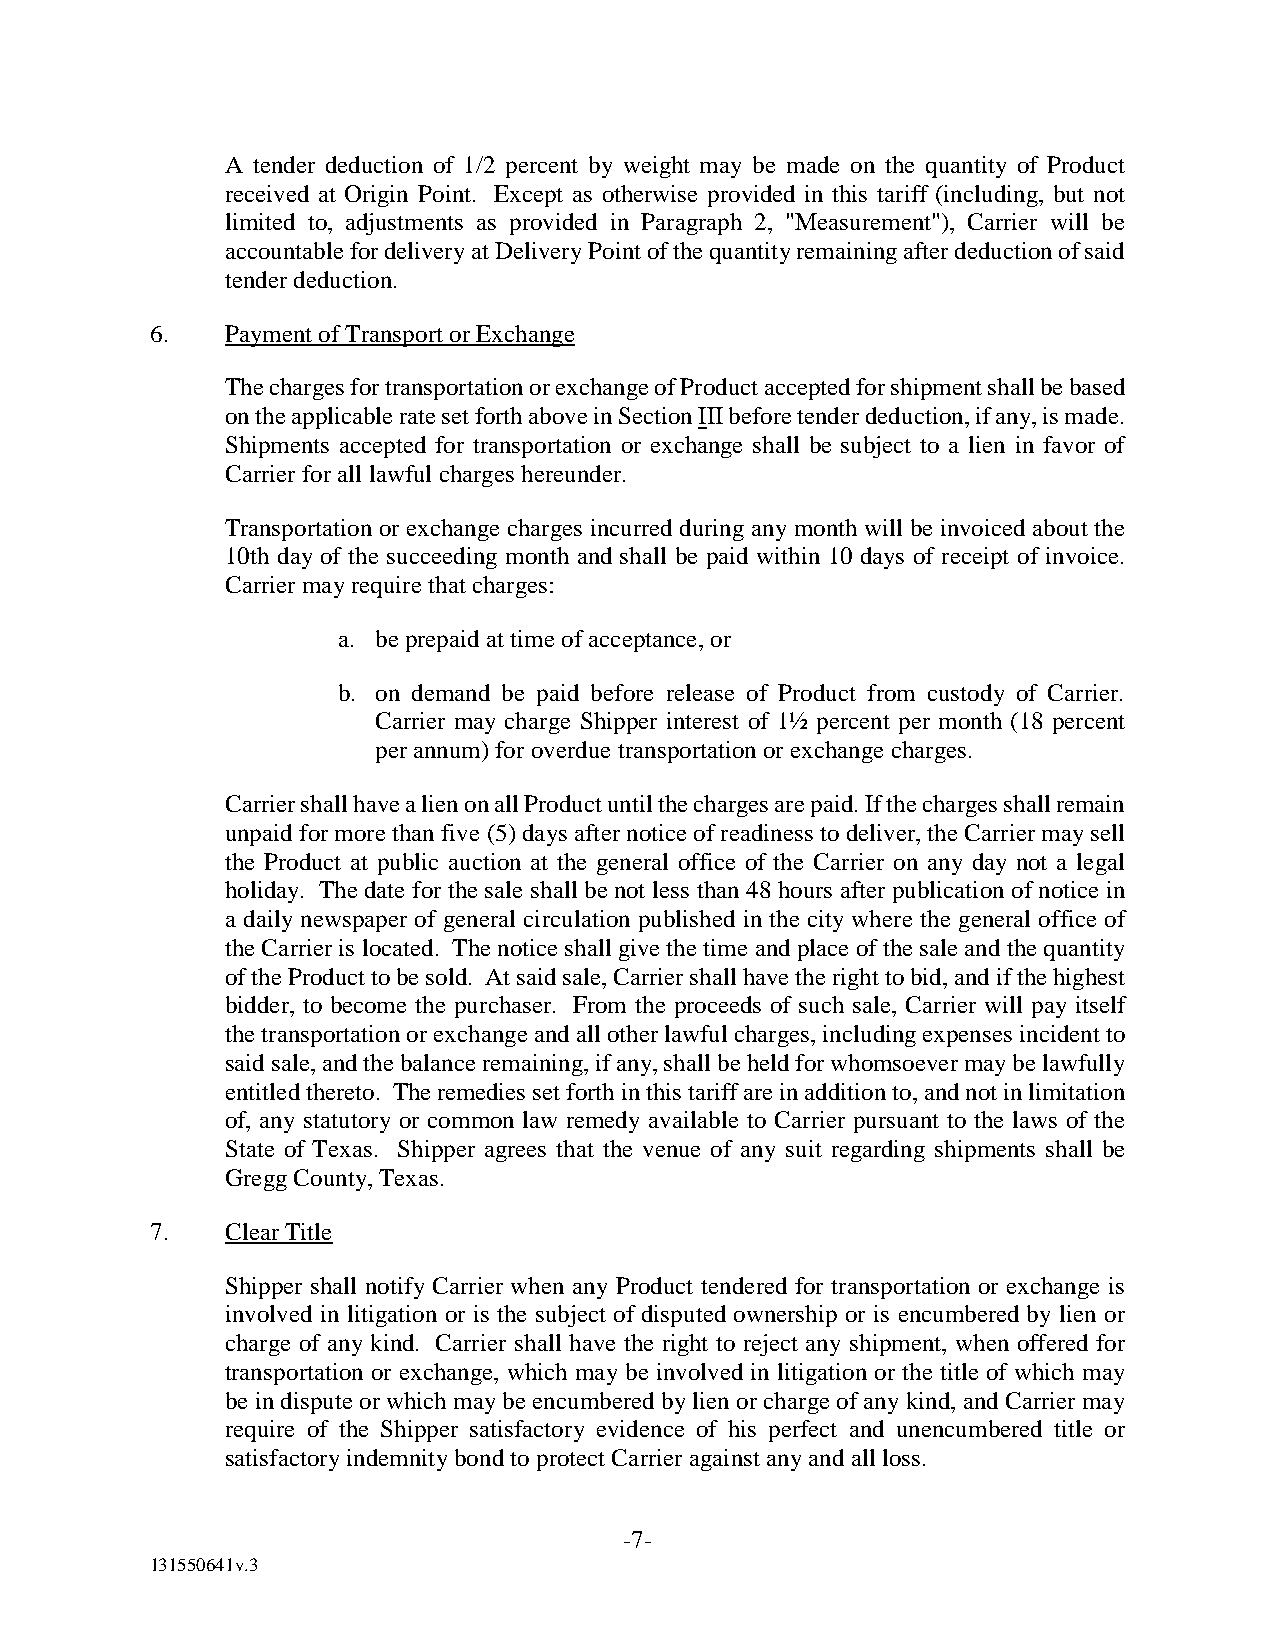
A tender deduction of 1/2 percent by weight may be made on the quantity of Product
 received at Origin Point. Except as otherwise provided in this tariff (including, but not
 limited to, adjustments as provided in Paragraph 2, "Measurement"), Carrier will be
 accountable for delivery at Delivery Point of the quantity remaining after deduction of said
 tender deduction.
 6.   Payment of Transport or Exchange
 The charges for transportation or exchange of Product accepted for shipment shall be based
 on the applicable rate set forth above in Section III before tender deduction, if any, is made.
 Shipments accepted for transportation or exchange shall be subject to a lien in favor of
 Carrier for all lawful charges hereunder.
 Transportation or exchange charges incurred during any month will be invoiced about the
 10th day of the succeeding month and shall be paid within 10 days of receipt of invoice.
 Carrier may require that charges:
 a. be prepaid at time of acceptance, or
 b. on demand be paid before release of Product from custody of Carrier.
 Carrier may charge Shipper interest of 1½ percent per month (18 percent
 per annum) for overdue transportation or exchange charges.
 Carrier shall have a lien on all Product until the charges are paid. If the charges shall remain
 unpaid for more than five (5) days after notice of readiness to deliver, the Carrier may sell
 the Product at public auction at the general office of the Carrier on any day not a legal
 holiday. The date for the sale shall be not less than 48 hours after publication of notice in
 a daily newspaper of general circulation published in the city where the general office of
 the Carrier is located. The notice shall give the time and place of the sale and the quantity
 of the Product to be sold. At said sale, Carrier shall have the right to bid, and if the highest
 bidder, to become the purchaser. From the proceeds of such sale, Carrier will pay itself
 the transportation or exchange and all other lawful charges, including expenses incident to
 said sale, and the balance remaining, if any, shall be held for whomsoever may be lawfully
 entitled thereto. The remedies set forth in this tariff are in addition to, and not in limitation
 of, any statutory or common law remedy available to Carrier pursuant to the laws of the
 State of Texas. Shipper agrees that the venue of any suit regarding shipments shall be
 Gregg County, Texas.
 7.   Clear Title
 Shipper shall notify Carrier when any Product tendered for transportation or exchange is
 involved in litigation or is the subject of disputed ownership or is encumbered by lien or
 charge of any kind. Carrier shall have the right to reject any shipment, when offered for
 transportation or exchange, which may be involved in litigation or the title of which may
 be in dispute or which may be encumbered by lien or charge of any kind, and Carrier may
 require of the Shipper satisfactory evidence of his perfect and unencumbered title or
 satisfactory indemnity bond to protect Carrier against any and all loss.
 -7-
 131550641v.3